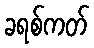
ခရစ်ကတ်